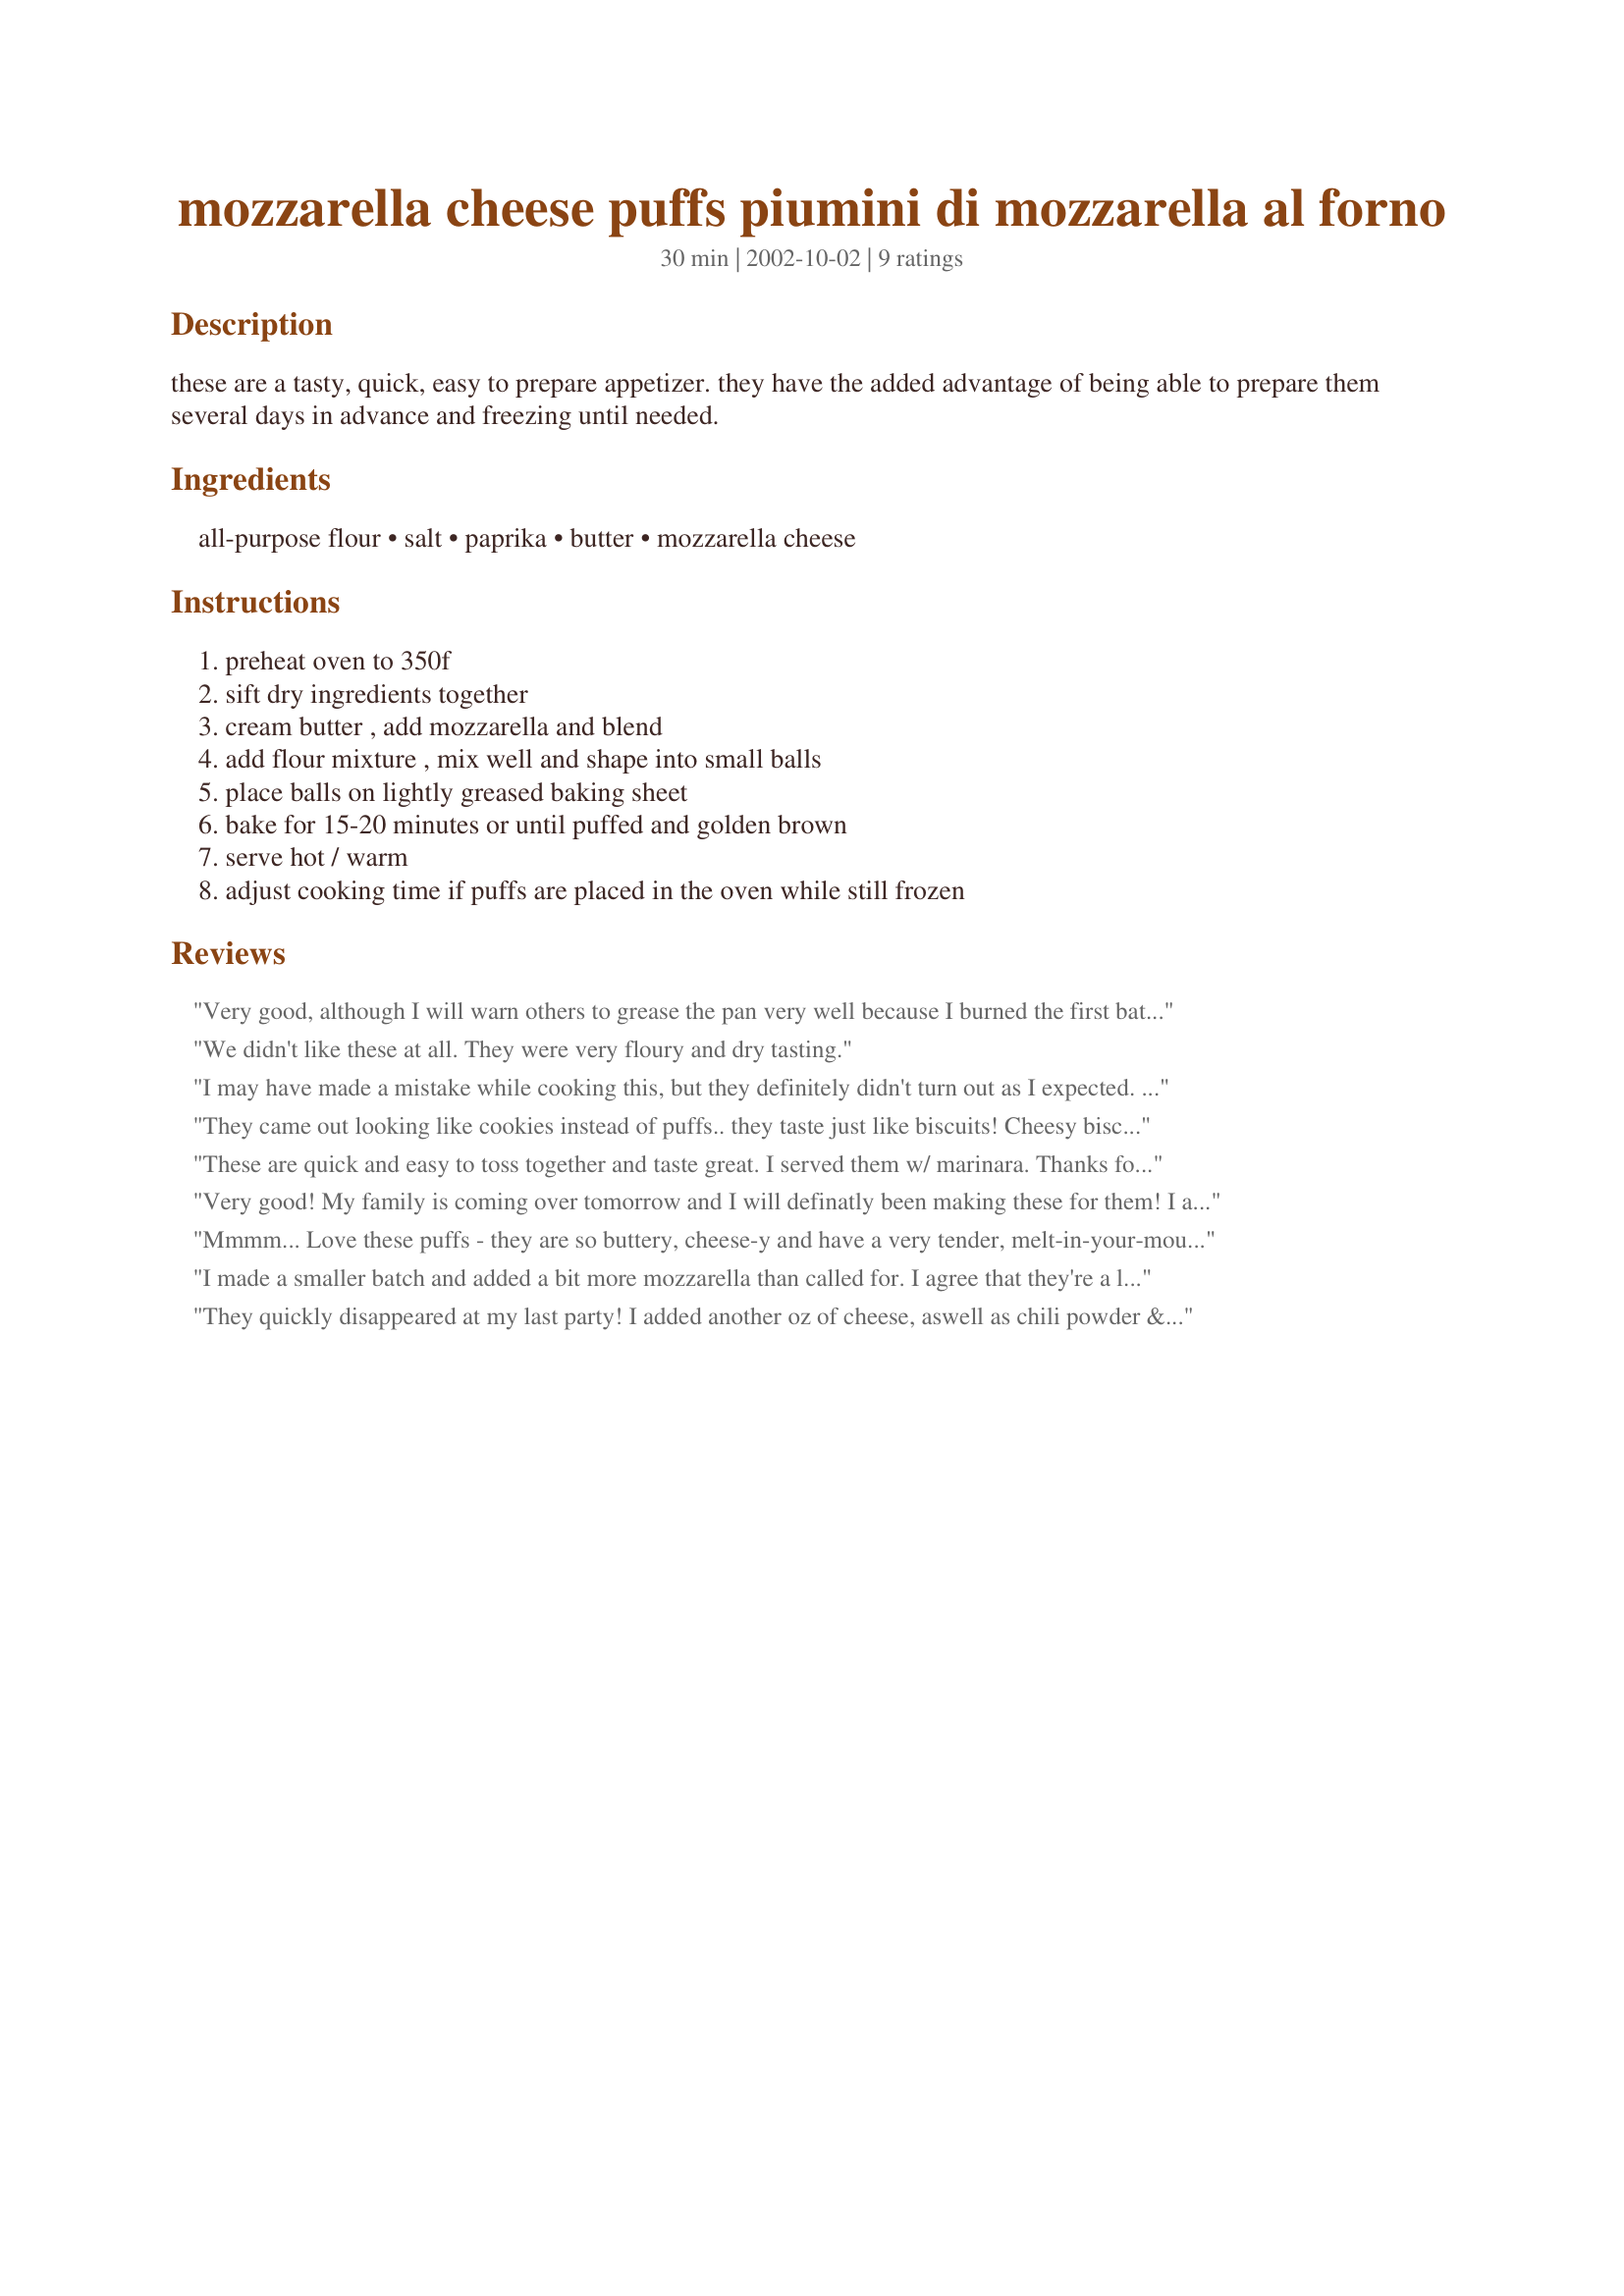
mozzarella cheese puffs piumini di mozzarella al forno
Preparation time: 30 minutes

these are a tasty, quick, easy to prepare appetizer. they have the added advantage of being able to prepare them several days in advance and freezing until needed.

Ingredients:
all-purpose flour, salt, paprika, butter, mozzarella cheese

Steps:
preheat oven to 350f, sift dry ingredients together, cream butter , add mozzarella and blend, add flour mixture , mix well and shape into small balls, place balls on lightly greased baking sheet, bake for 15-20 minutes or until puffed and golden brown, serve hot / warm, adjust cooking time if puffs are placed in the oven while still frozen

Reviews:
Very good, although I will warn others to grease the pan very well because I burned the first batch (15 mins was too long for my oven)and it took forever to scrape off before making the second. The next batch I only cooked for 10-11 mins and they turned out good... and take them off the sheet close to immediately after or they will stick. Thanks for the easy recipe!
We didn't like these at all. They were very floury and dry tasting.
I may have made a mistake while cooking this, but they definitely didn't turn out as I expected. They made eight "puffs" and tasted like salty biscuits. The cheese was the saving grace. We basically bit out the melted cheese and threw the rest in the trash.
They came out looking like cookies instead of puffs.. they taste just like biscuits! Cheesy biscuits! For looks I give it 4 stars but because of the taste I give it 5... will be added to the recipe collection
These are quick and easy to toss together and taste great. I served them w/ marinara. Thanks for the recipe.
Very good! My family is coming over tomorrow and I will definatly been making these for them! I also had to add a little water to make the dough stick better. I also reccomend using a little more cheese if you like them to be more cheesy than flaky.
Mmmm... Love these puffs - they are so buttery, cheese-y and have a very tender, melt-in-your-mouth texture. My bf and I tried one each warm from the oven and had to exercise lots of self-control to stop from stuffing these into our mouths, even though we just had dinner. LOL. Thanks for the great, easy recipe. NOTE: remember to place them well-apart (approx 1.5"), as they spread a little. I doubled the amount of paprika, and added a big pinch of chilli powder. I rolled them into balls by hand, and managed to get about 36 puffs. I had to add about 2 TB cold water to form a 'dough'. And photo will be submitted shortly!
I made a smaller batch and added a bit more mozzarella than called for. I agree that they're a little flour-y, but adding more cheese helps that. I think adding a little garlic powder might be good with these too, though I didn't do it this time. Thanks for sharing this easy and quick recipe.
They quickly disappeared at my last party! I added another oz of cheese, aswell as chili powder & cayenne instead of paprika. They turned out great! Next time, I may even throw in some finely chopped jalapeno.
